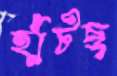
হাঁটছ